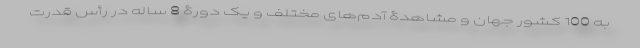
به 100 کشور جهان و مشاهدۀ آدم‌های مختلف و یک دورۀ 8 ساله در رأس قدرت